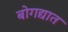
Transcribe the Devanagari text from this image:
बोगद्यात